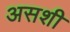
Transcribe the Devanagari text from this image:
असशी